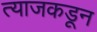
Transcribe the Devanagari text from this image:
त्याजकडून